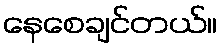
နေစေချင်တယ်။